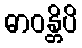
ဓာဝန္တိပိ